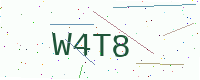
Text: W4T8